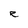
Character: e